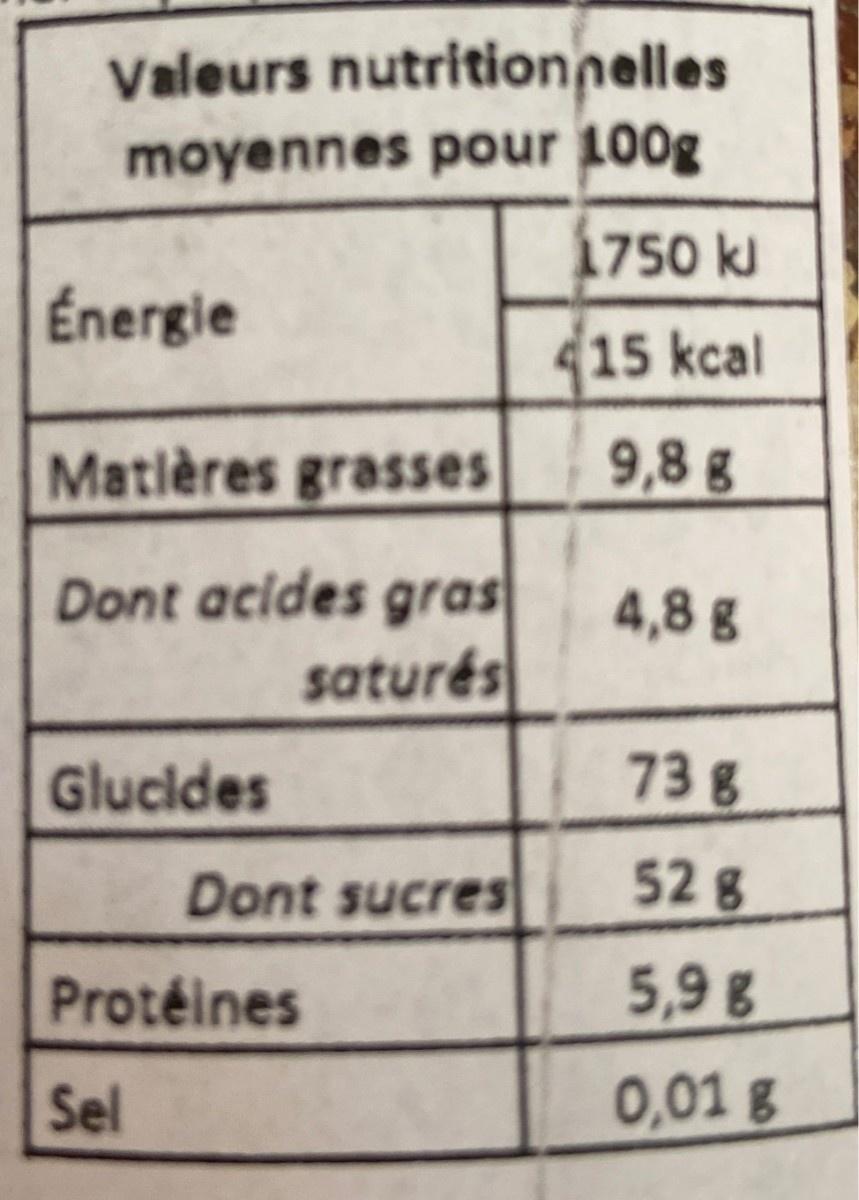
Valeurs nutritionnelles moyennes pour 100g 1750 kJ Énergie 415 kcal Matlères grasses 9,8g Dont acides gras saturés 4,8 g Glucides 73g Dont sucres 52 g Protéines 5,9 g Sel 0,01 g